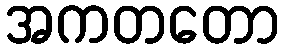
အကတတော